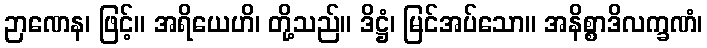
ဉာဏေန၊ ဖြင့်။ အရိယေဟိ၊ တို့သည်။ ဒိဋ္ဌံ၊ မြင်အပ်သော။ အနိစ္စာဒိလက္ခဏံ၊